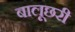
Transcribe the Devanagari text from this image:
बालूछरी